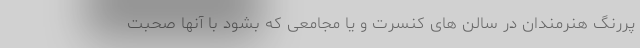
پررنگ هنرمندان در سالن های کنسرت و یا مجامعی که بشود با آنها صحبت